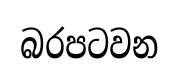
බරපටවන